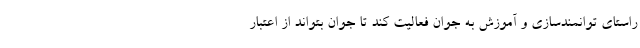
راستای توانمندسازی و آموزش به جوان فعالیت کند تا جوان بتواند از اعتبار